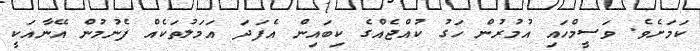
ކަމަށެވެ. ވަސީމްހައި އުމުރުން ހަގު ކުއްޖެއްގެ ކިބައިން އެފަދަ އަމަލުތަކެއް ފެނުމުން އޭނާއަކީ